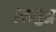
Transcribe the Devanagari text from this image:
।समुद्र